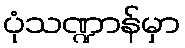
ပုံသဏ္ဍာန်မှာ